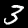
Label: 3